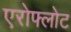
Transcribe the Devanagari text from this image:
एरोफ्लोट